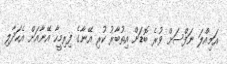
އަމިއްލަ ނަފްސަށް ވުރެ ބޮޑަށް އިތުބާރު ކުރި އޭނާގެ ފިރިމީހާ އޭނާއަށް އެހަދާލި